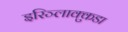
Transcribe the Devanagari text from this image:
इरिञ्लाक्कुडा